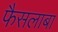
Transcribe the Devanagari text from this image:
फैसलाबा